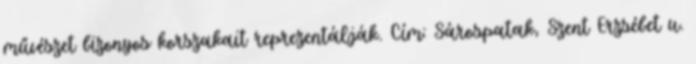
művészet bizonyos korszakait reprezentálják. Cím: Sárospatak, Szent Erzsébet u.